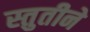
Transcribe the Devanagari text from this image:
स्तुतीने